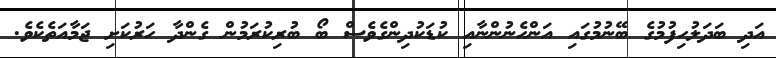
އަދި ބަދަލުހިފުމުގެ ބޭނުމުގައި އަންހެނުންނާއި ކުޑަކުދިންގެވެސް ބޯ ބުރިކުރަމުން ގެންދާ ހަރުކަށި ޖަމާއަތެކެވެ.